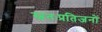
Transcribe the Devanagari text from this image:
स्वतःप्रतिजनों